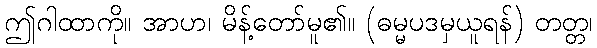
ဤဂါထာကို။ အာဟ၊ မိန့်တော်မူ၏။ (ဓမ္မပဒမှယူရန်) တတ္တ၊